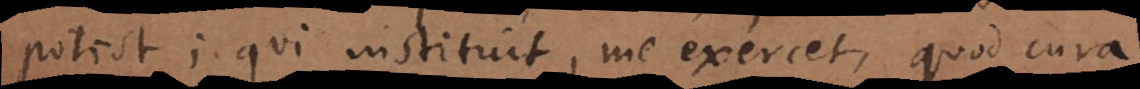
potest; qui instituit, me exercet, quod cura